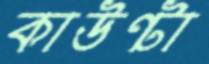
কাউন্টা